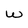
Character: w